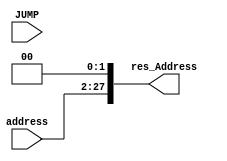
module Jump(address, JUMP, res_Address);
	input [25:0] address;
	input JUMP;
	output [27:0] res_Address;

	assign res_Address = {address,2'b00};
endmodule